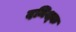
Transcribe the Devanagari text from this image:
दमिश्‍क